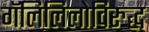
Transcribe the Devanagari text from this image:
गॅलिलिलोविरुद्ध